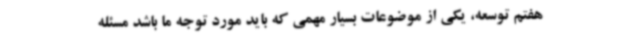
هفتم توسعه، یکی از موضوعات بسیار مهمی که باید مورد توجه ما باشد مسئله